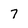
Character: 7